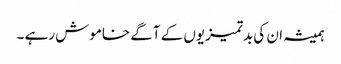
ہمیشہ ان کی بدتمیزیوں کے آگے خاموش رہے ۔